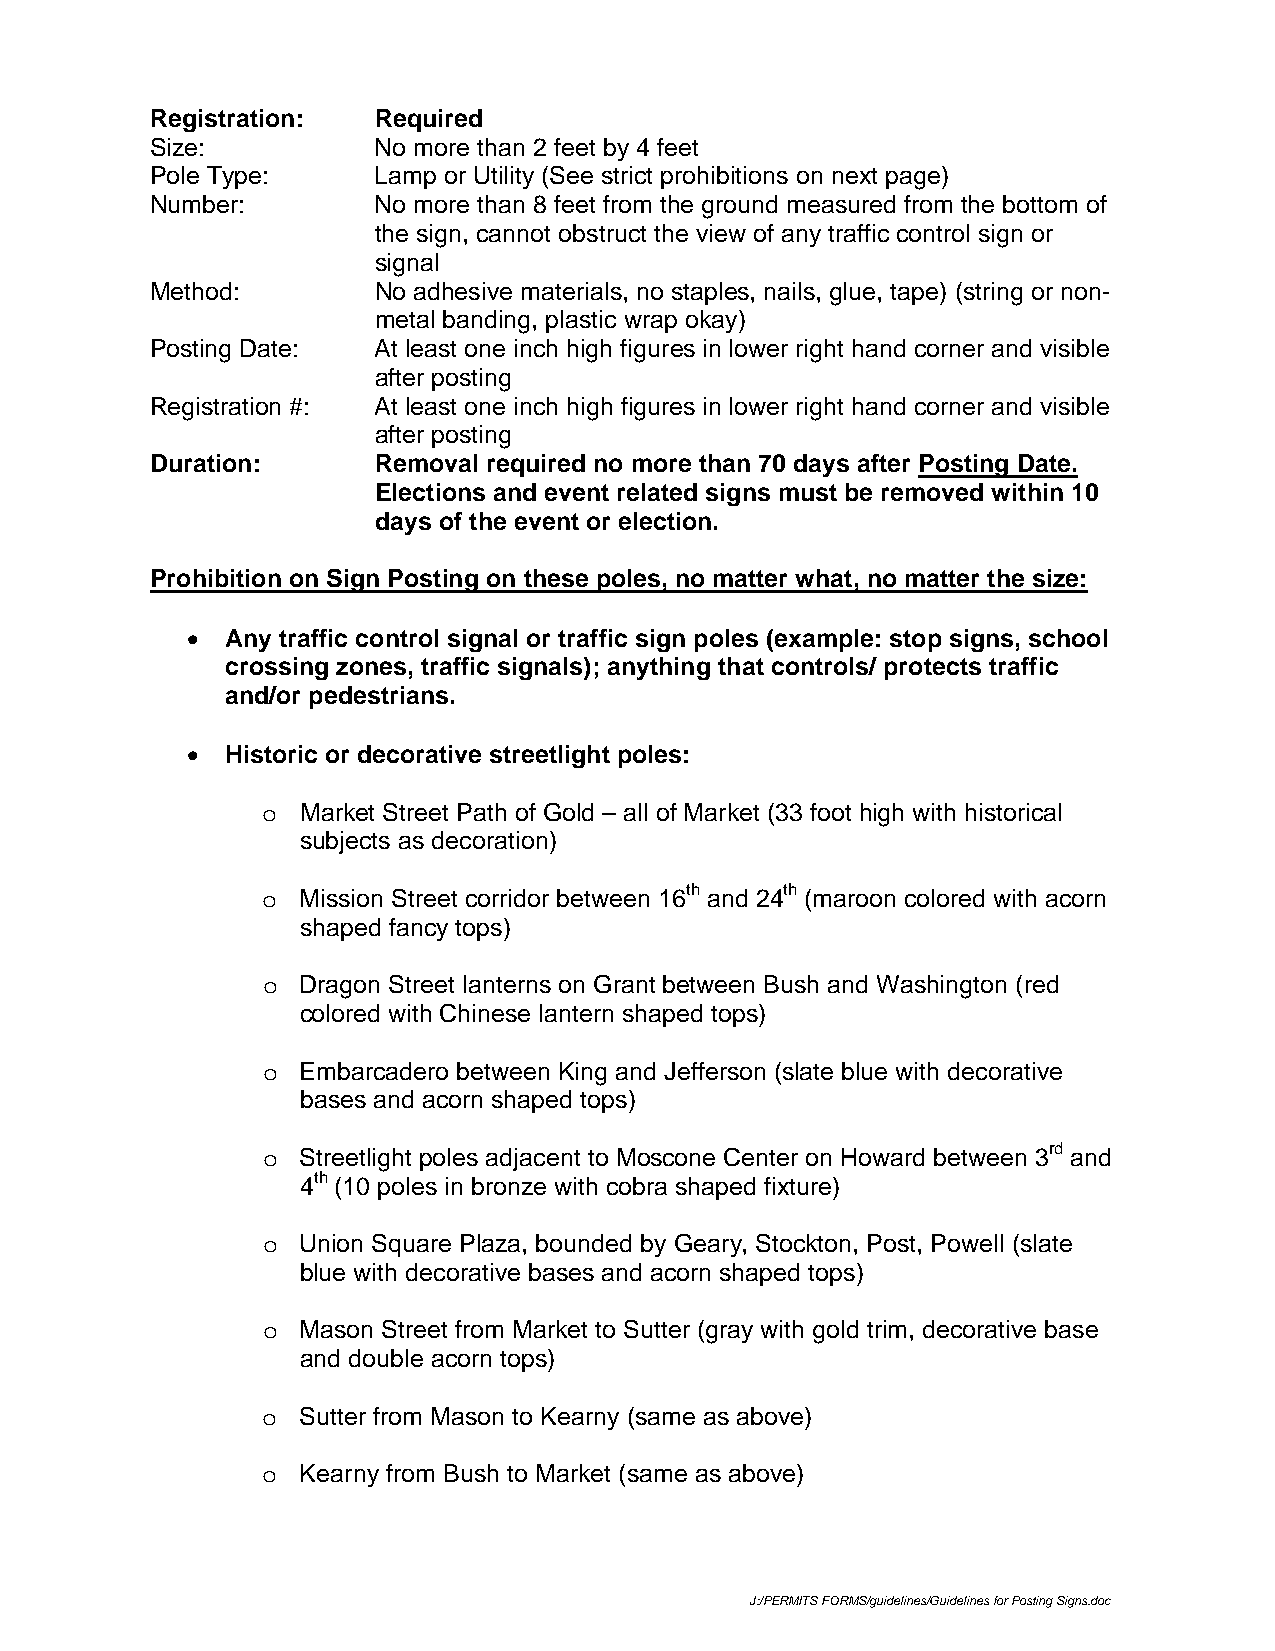
Registration:  Required
 Size:          No more than 2 feet by 4 feet
 Pole Type:     Lamp or Utility (See strict prohibitions on next page)
 Number:        No more than 8 feet from the ground measured from the bottom of
 the sign, cannot obstruct the view of any traffic control sign or
 signal
 Method:        No adhesive materials, no staples, nails, glue, tape) (string or non-
 metal banding, plastic wrap okay)
 Posting Date:  At least one inch high figures in lower right hand corner and visible
 after posting
 Registration #: At least one inch high figures in lower right hand corner and visible
 after posting
 Duration:      Removal required no more than 70 days after Posting Date.
 Elections and event related signs must be removed within 10
 days of the event or election.
 Prohibition on Sign Posting on these poles, no matter what, no matter the size:
 •  Any traffic control signal or traffic sign poles (example: stop signs, school
 crossing zones, traffic signals); anything that controls/ protects traffic
 and/or pedestrians.
 •  Historic or decorative streetlight poles:
 o  Market Street Path of Gold – all of Market (33 foot high with historical
 subjects as decoration)
 o  Mission Street corridor between 16th and 24th (maroon colored with acorn
 shaped fancy tops)
 o  Dragon Street lanterns on Grant between Bush and Washington (red
 colored with Chinese lantern shaped tops)
 o  Embarcadero between King and Jefferson (slate blue with decorative
 bases and acorn shaped tops)
 o  Streetlight poles adjacent to Moscone Center on Howard between 3rd and
 4th (10 poles in bronze with cobra shaped fixture)
 o  Union Square Plaza, bounded by Geary, Stockton, Post, Powell (slate
 blue with decorative bases and acorn shaped tops)
 o  Mason Street from Market to Sutter (gray with gold trim, decorative base
 and double acorn tops)
 o  Sutter from Mason to Kearny (same as above)
 o  Kearny from Bush to Market (same as above)
 J:/PERMITS FORMS/guidelines/Guidelines for Posting Signs.doc